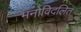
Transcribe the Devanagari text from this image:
मनोविदलित